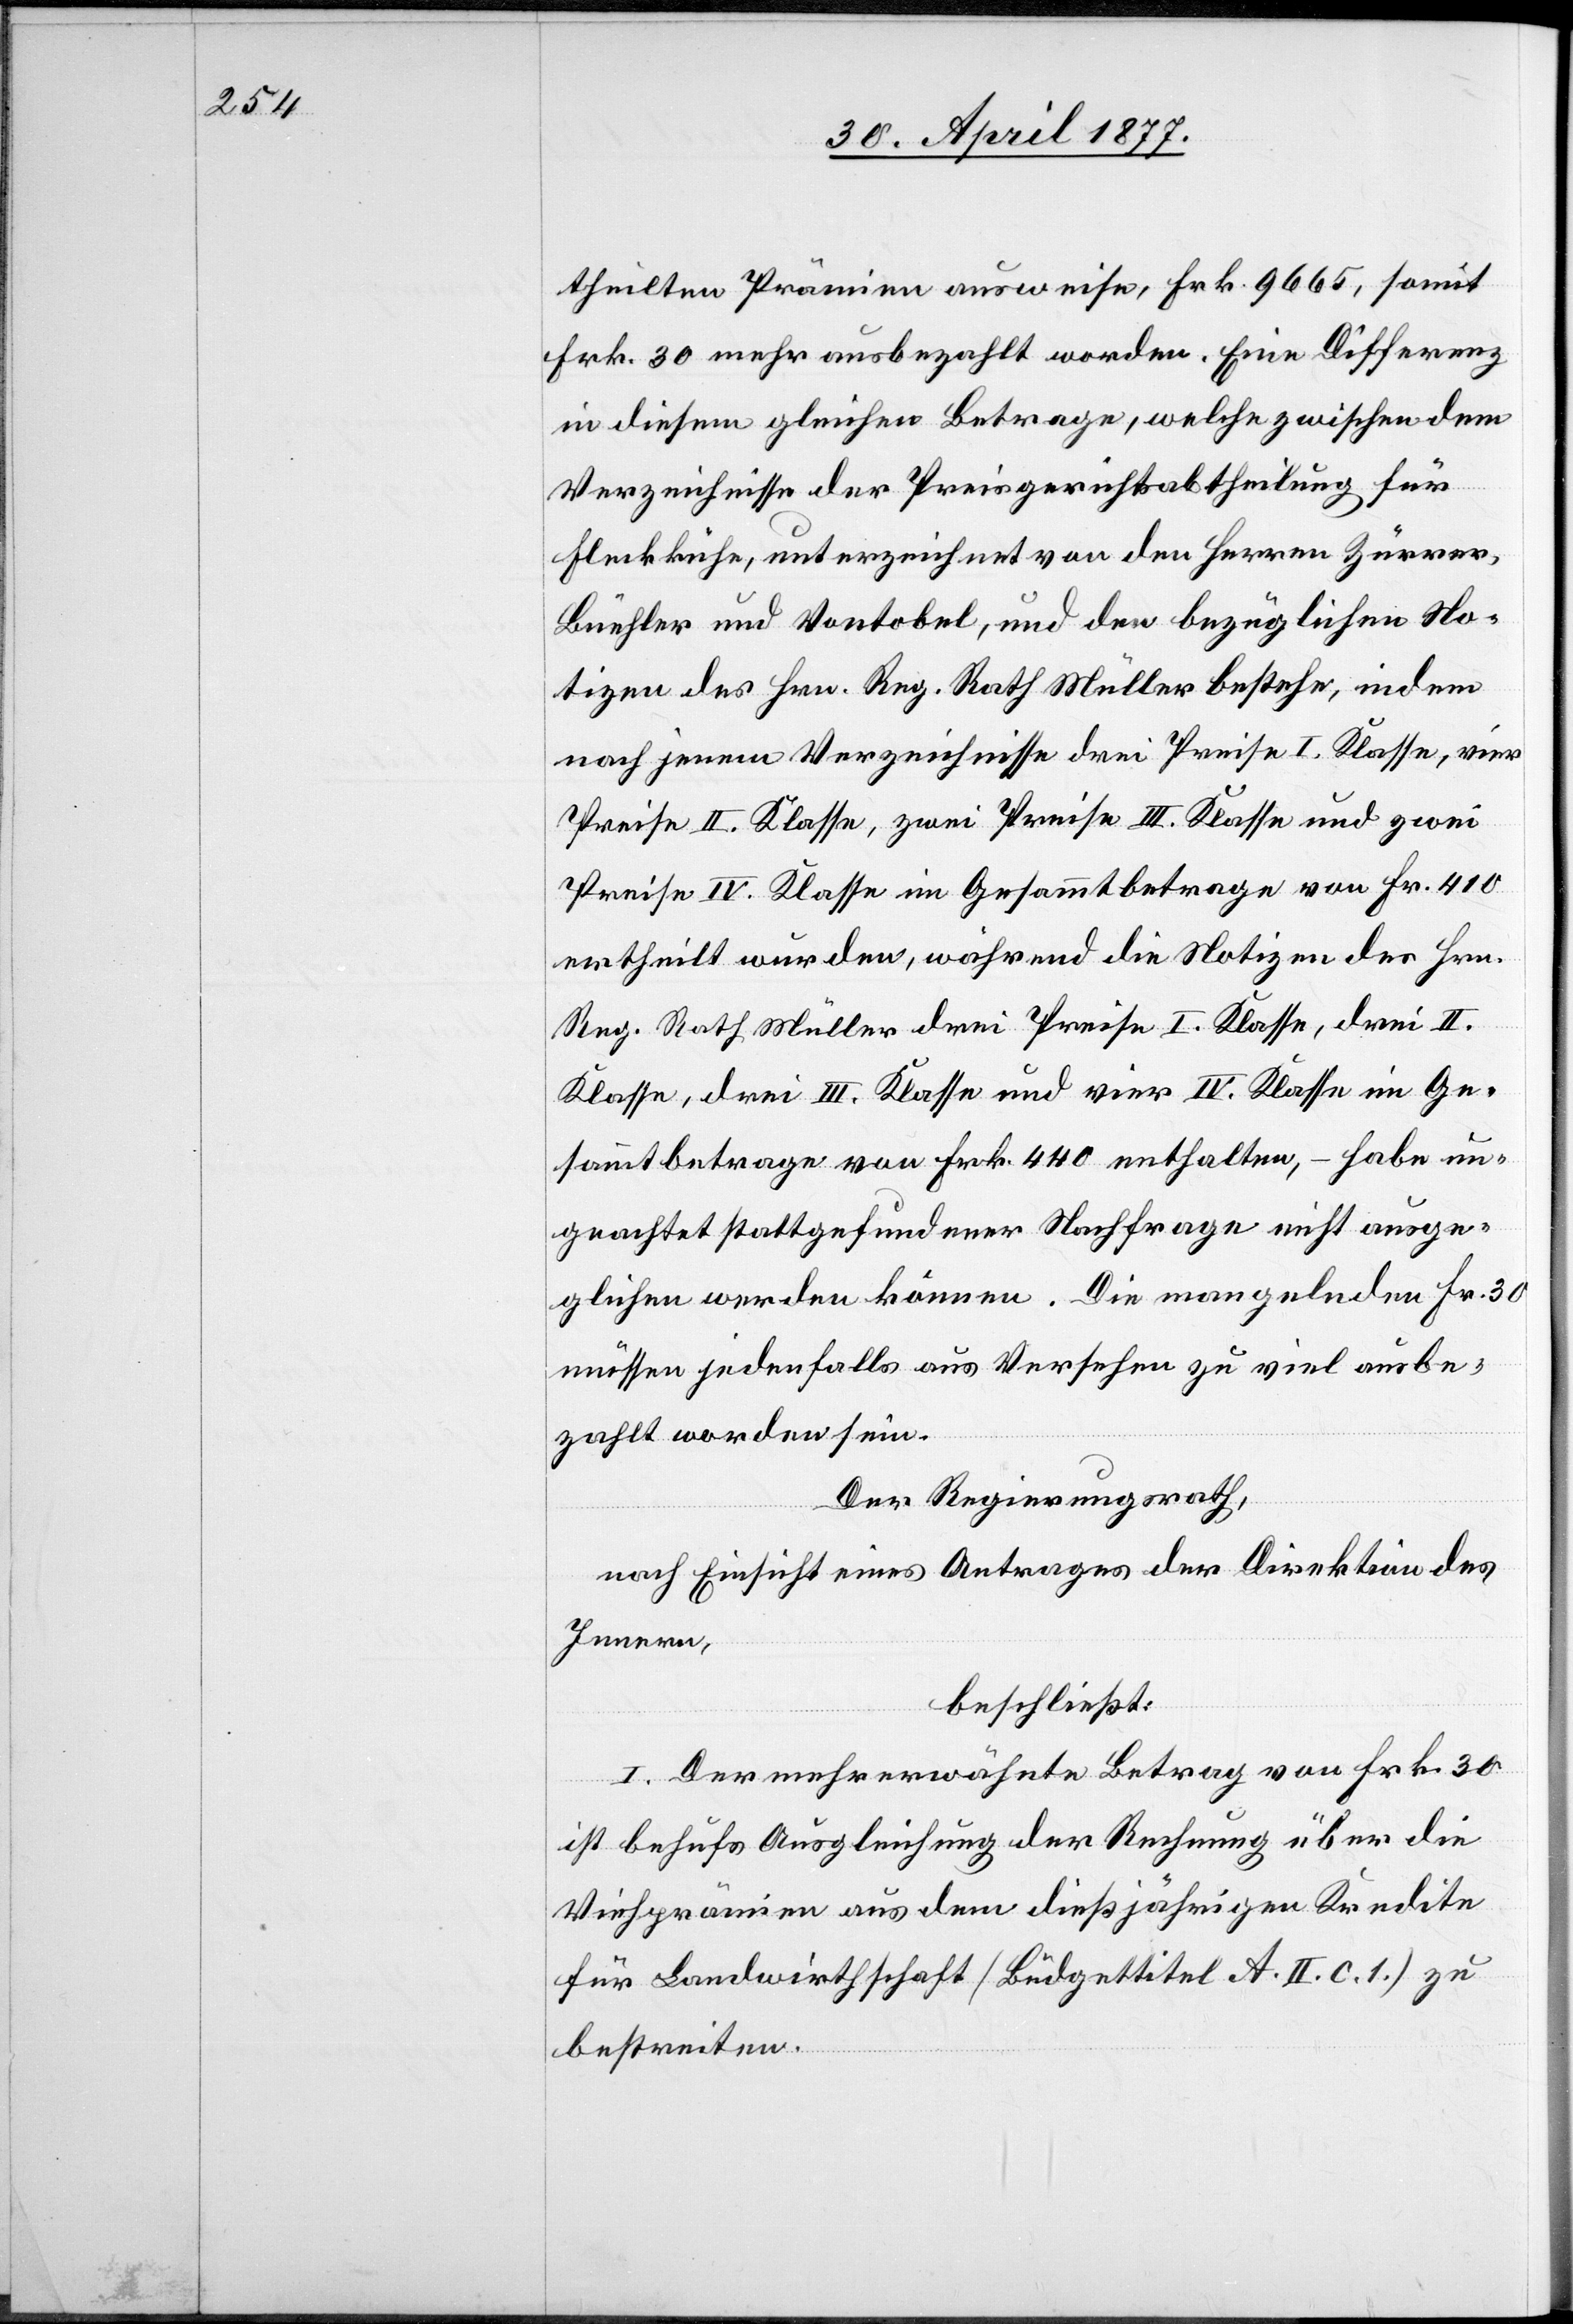
theilten Prämien ausweise, Frk. 9665, somit
Frk. 30 mehr ausbezahlt worden. Eine Differenz
in diesem gleichen Betrage, welche zwischen dem
Verzeichnisse der Preisgerichtsabtheilung für
Fleckkühe, unterzeichnet von den Herren Zürrer,
Büehler und Vontobel, und den bezüglichen No¬
tizen des Hrn. Reg. Rath Müller bestehe, indem
nach jenem Verzeichnisse drei Preise I. Klasse, vier
Preise II. Klasse, zwei Preise III. Klasse und zwei
Preise IV. Klasse im Gesammtbetrage von Fr. 410
ertheilt wurden, während die Notizen des Hrn.
Reg. Rath Müller drei Preise I. Klasse, drei II.
Klasse, drei III. Klasse und vier IV. Klasse im Ge¬
sammtbetrage von Frk. 440 enthalten, – habe un¬
geachtet stattgefundener Nachfrage nicht ausge¬
glichen werden können. Die mangelnden Fr. 30
müssen jedenfalls aus Versehen zu viel ausbe¬
zahlt worden sein.
Der Regierungsrath,
nach Einsicht eines Antrages der Direktion des
Innern,
beschließt:
I. Der mehrerwähnte Betrag von Frk. 30
ist behufs Ausgleichung der Rechnung über die
Viehprämien aus dem dießjährigen Kredite
für Landwirthschaft [Büdgettitel A. II. c. 1.] zu
bestreiten.